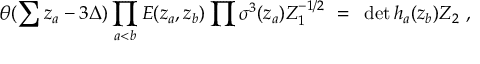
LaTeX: \theta ( \sum z _ { a } - 3 \Delta ) \prod _ { a < b } E ( z _ { a } , z _ { b } ) \prod \sigma ^ { 3 } ( z _ { a } ) Z _ { 1 } ^ { - 1 / 2 } ~ = ~ \operatorname * { d e t } h _ { a } ( z _ { b } ) Z _ { 2 } ~ ,